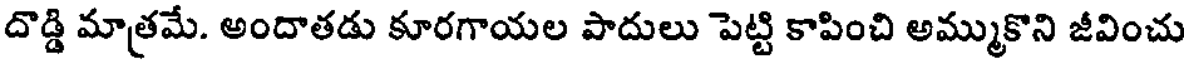
దొడ్డి మాత్రమే. అందాతడు కూరగాయల పాదులు పెట్టి కాపించి అమ్ముకొని జీవించు